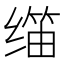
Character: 𬙀